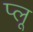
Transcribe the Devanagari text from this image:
प्लू